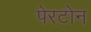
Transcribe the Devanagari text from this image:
पेरटोन